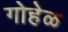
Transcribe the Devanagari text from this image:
गोहेळ